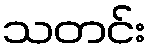
သတင်း